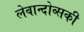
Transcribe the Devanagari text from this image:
लेवान्दोव्सकी